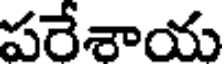
పరేశాయ